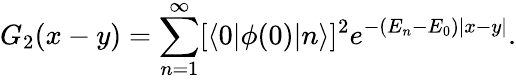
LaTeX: G_{2}(x-y)=\sum_{n=1}^{\infty}[\langle 0|\phi(0)|n\rangle]^{2}e^{-(E_{n}-E_{0})|x-y|}.